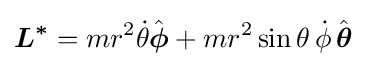
{\boldsymbol {L^{*}}}=mr^{2}{\dot {\theta }}{\hat {\boldsymbol {\phi }}}+mr^{2}\sin \theta \,{\dot {\phi }}\,{\hat {\boldsymbol {\theta }}}